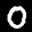
Label: 0